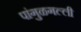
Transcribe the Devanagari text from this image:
पांगुळगल्ली